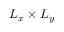
L _ { x } \times L _ { y }